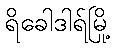
ရိခေါဒါရ်မြို့